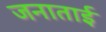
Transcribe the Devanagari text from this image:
जनाताई